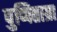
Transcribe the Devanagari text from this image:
पुप्पिताग्रा